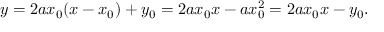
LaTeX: y = 2 a x _ { 0 } ( x - x _ { 0 } ) + y _ { 0 } = 2 a x _ { 0 } x - a x _ { 0 } ^ { 2 } = 2 a x _ { 0 } x - y _ { 0 } .